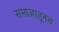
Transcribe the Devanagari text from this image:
समाजातूनच